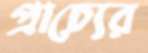
প্রাচ্যের